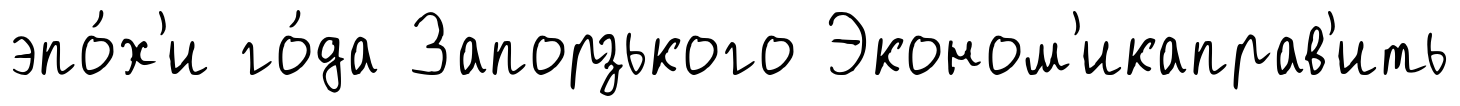
эпо́х'и го́да Запорзького Эконом'икаправ'ить